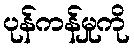
ပုန်ကန်မှုကို